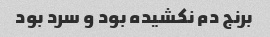
برنج دم نکشیده بود و سرد بود